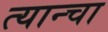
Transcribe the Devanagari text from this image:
त्यान्चा